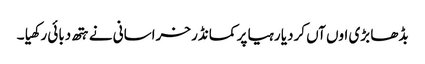
بڈھا بڑی اوں آں کردیا رہیا پر کمانڈر خراسانی نے ہتھ دبائی رکھیا ۔